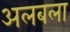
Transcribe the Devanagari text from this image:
अलबला